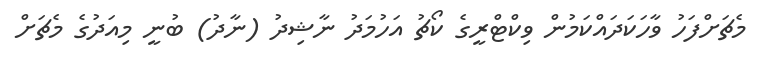
މެޗަށްފަހު ވާހަކަދައްކަމުން ވިކްޓްރީގެ ކޯޗު އަހުމަދު ނާޝިދު (ނާދު) ބުނީ މިއަދުގެ މެޗަށް